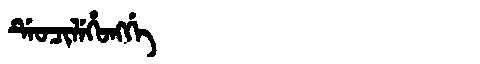
Manchu: ᡩᡝᠣᠴᡳᠯᡝᡥᠣᠩᡤᡝ
Romanization: DEOCILEHONGGE